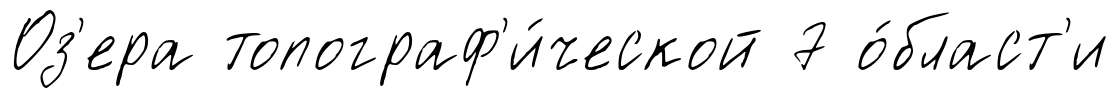
Оз'ера топограф'и́ческой 7 о́бласт'и